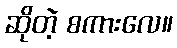
ဆိုတဲ့ စကားလေ။